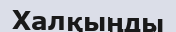
Халқыңды